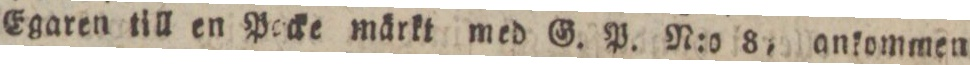
Egaren till en Pocke märkt med G. P. N:o 8, ankommen